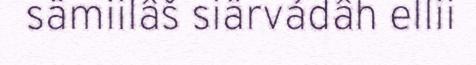
sämiilâš siärvádâh ellii